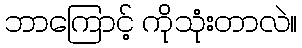
ဘာကြောင့် ကိုသုံးတာလဲ။